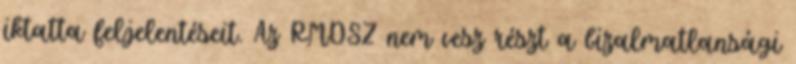
iktatta feljelentéseit. Az RMDSZ nem vesz részt a bizalmatlansági